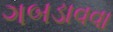
ગબડાવવા